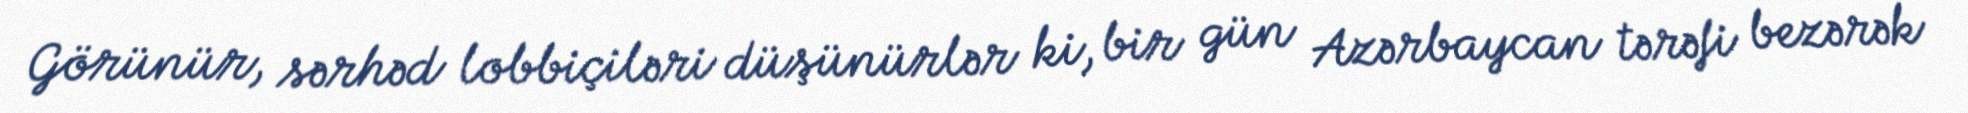
Görünür, sərhəd lobbiçiləri düşünürlər ki, bir gün Azərbaycan tərəfi bezərək